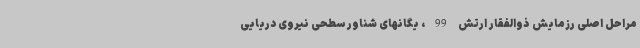
مراحل اصلی رزمایش ذوالفقار ارتش 99، یگانهای شناور سطحی نیروی دریایی